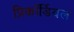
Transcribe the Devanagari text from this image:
प्रिकॉर्डियल